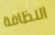
النظافة